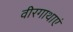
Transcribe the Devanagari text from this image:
वीरगाथाएं